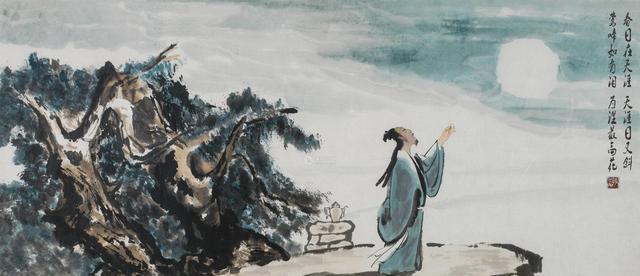
弥伤孤舟夜，远结万里心。